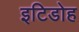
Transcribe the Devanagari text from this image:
इटिडोह